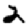
Digit: 2